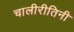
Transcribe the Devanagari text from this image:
चालीरीतिनी